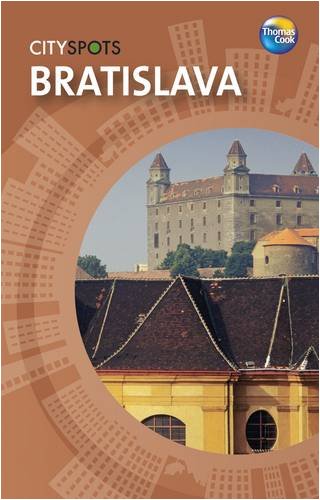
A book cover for Bratislava (CitySpots); Travel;